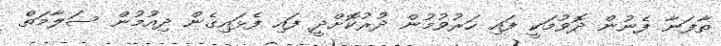
ތާފަނާ ފެނުން ދޮވުމަކީ ފައި ހަރުވުމުން ދުރުކޮށްދީ ފައި ފެޅައިގެން ދިއުމުން ސަލާމަތް